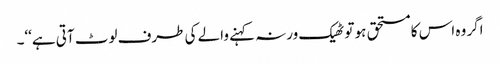
اگر وہ اس کا مستحق ہو تو ٹھیک ورنہ کہنے والے کی طرف لوٹ آتی ہے‘‘۔